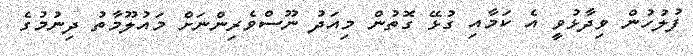
ފުލުހުން ވިދާޅުވީ އެ ކަމާއި ގުޅޭ ގޮތުން މިއަދު ނޫސްވެރިންނަށް މައުލޫމާތު ދިނުމުގެ